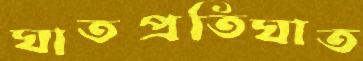
ঘাতপ্রতিঘাত